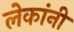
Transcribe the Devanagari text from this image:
लेकांनी